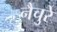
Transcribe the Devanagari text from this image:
नैचुरे